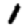
Digit: 1